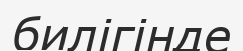
билігінде